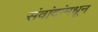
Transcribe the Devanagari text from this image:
संवांदांमधून